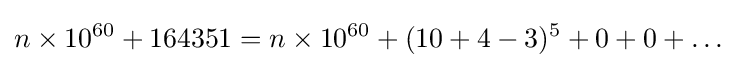
n\times 10^{60}+164351=n\times 10^{60}+(10+4-3)^{5}+0+0+\ldots